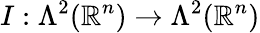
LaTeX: I:\Lambda^{2}(\mathbb{R}^{n})\to\Lambda^{2}(\mathbb{R}^{n})